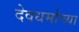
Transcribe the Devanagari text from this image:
देवधर्माच्या